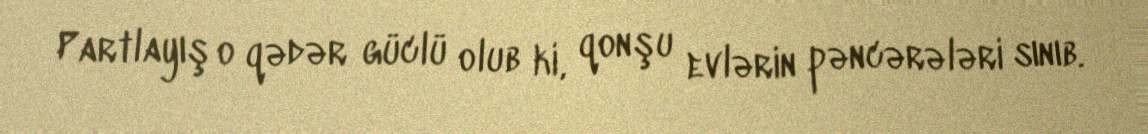
Partlayış o qədər güclü olub ki, qonşu evlərin pəncərələri sınıb.